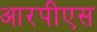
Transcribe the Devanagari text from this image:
आरपीएस